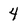
Character: 4